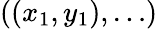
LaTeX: ((x_{1},y_{1}),\ldots)